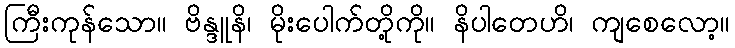
ကြီးကုန်သော။ ဗိန္ဒူနိ၊ မိုးပေါက်တို့ကို။ နိပါတေဟိ၊ ကျစေလော့။